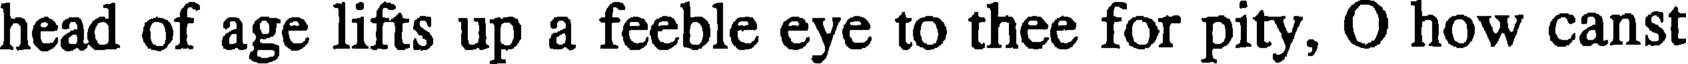
head of age lifts up a feeble eye to thee for pity, O how canst